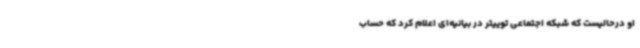
او درحالیست که شبکه اجتماعی توییتر در بیانیه‌ای اعلام کرد که حساب